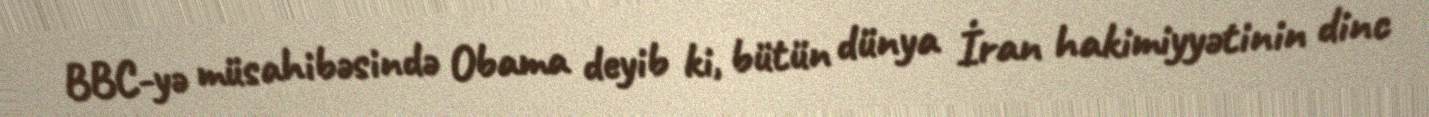
BBC-yə müsahibəsində Obama deyib ki, bütün dünya İran hakimiyyətinin dinc